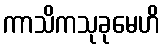
ကာသိကသုခုမေဟိ